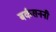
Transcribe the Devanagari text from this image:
बर्कसननी